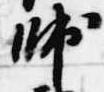
帥